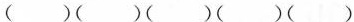
（）（）（）（）（）